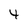
Character: 4